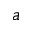
^ a